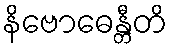
နိဗောဓေန္တီတိ